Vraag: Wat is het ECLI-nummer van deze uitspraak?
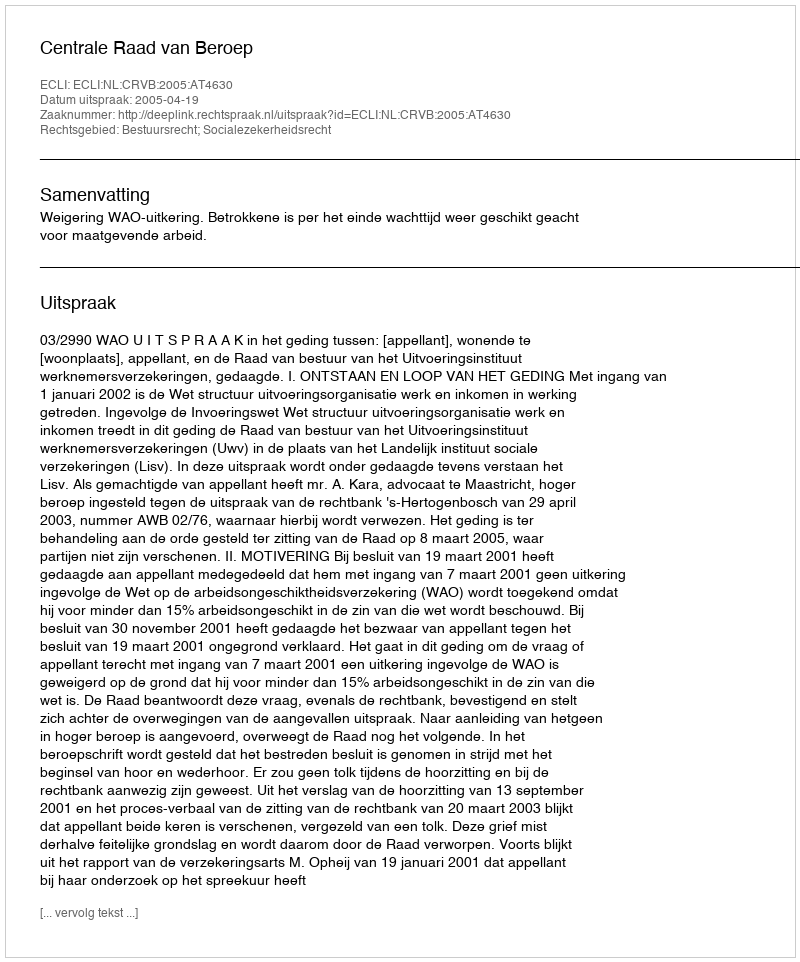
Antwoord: ECLI:NL:CRVB:2005:AT4630